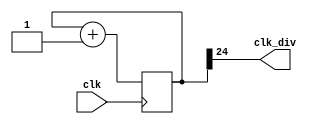
module clock_divider (clk_div, clk);
input clk;
output clk_div;

parameter width = 25;
reg  [width-1:0] num;
wire [width-1:0] next_num;

always @(posedge clk) begin  
    num <= next_num;
end

assign  next_num = num + 1;
assign  clk_div = num[width-1];  
     
endmodule